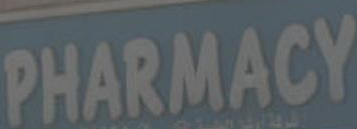
PHARMACY